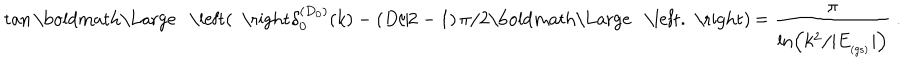
\tan \mathrm { \boldmath \Large ~ \left( ~ \right. ~ } \! \! \! \delta _ { 0 } ^ { ( D _ { 0 } ) } ( k ) - ( D / 2 - 1 ) \, \pi / 2 \mathrm { \boldmath \Large ~ \left. ~ \right) ~ } \! \! = \frac { \pi } { \ln \left( k ^ { 2 } / | E _ { _ \mathrm { ( g s ) } } | \right) } \; .